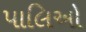
પાલિઓ